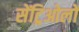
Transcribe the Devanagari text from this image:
सेंट्रिओलों